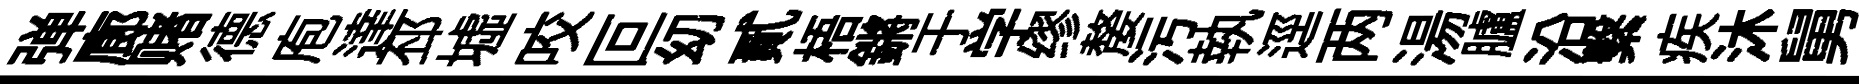
弹廊赌德庖達邳墟咬叵㓜貳梧鏘于学缪嫠污執逕两湯臚沿繫疾沐舅